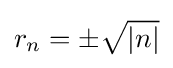
r_{n}=\pm {\sqrt {|n|}}